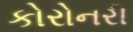
કોરોનરી